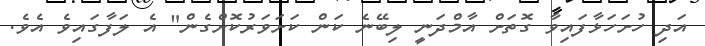
އަދި ހުށަހަޅާފައިވާ ގޮތަށް އާމްދަނީ ލިބޭނެ ކަން ކަށަވަރުކޮށްގެން" އެ ލަފާގައިވެ އެވެ.